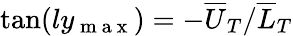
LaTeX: \tan(ly_{\mathrm{~m~a~x~}})=-{\overline{{U}}_{T}}/{\overline{{L}}_{T}}